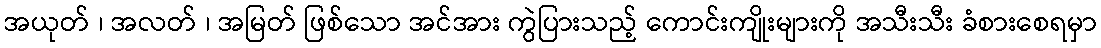
အယုတ် ၊ အလတ် ၊ အမြတ် ဖြစ်သော အင်အား ကွဲပြားသည့် ကောင်းကျိုးများကို အသီးသီး ခံစားစေရမှာ